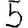
Digit: 5